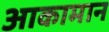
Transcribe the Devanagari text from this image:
आकामान